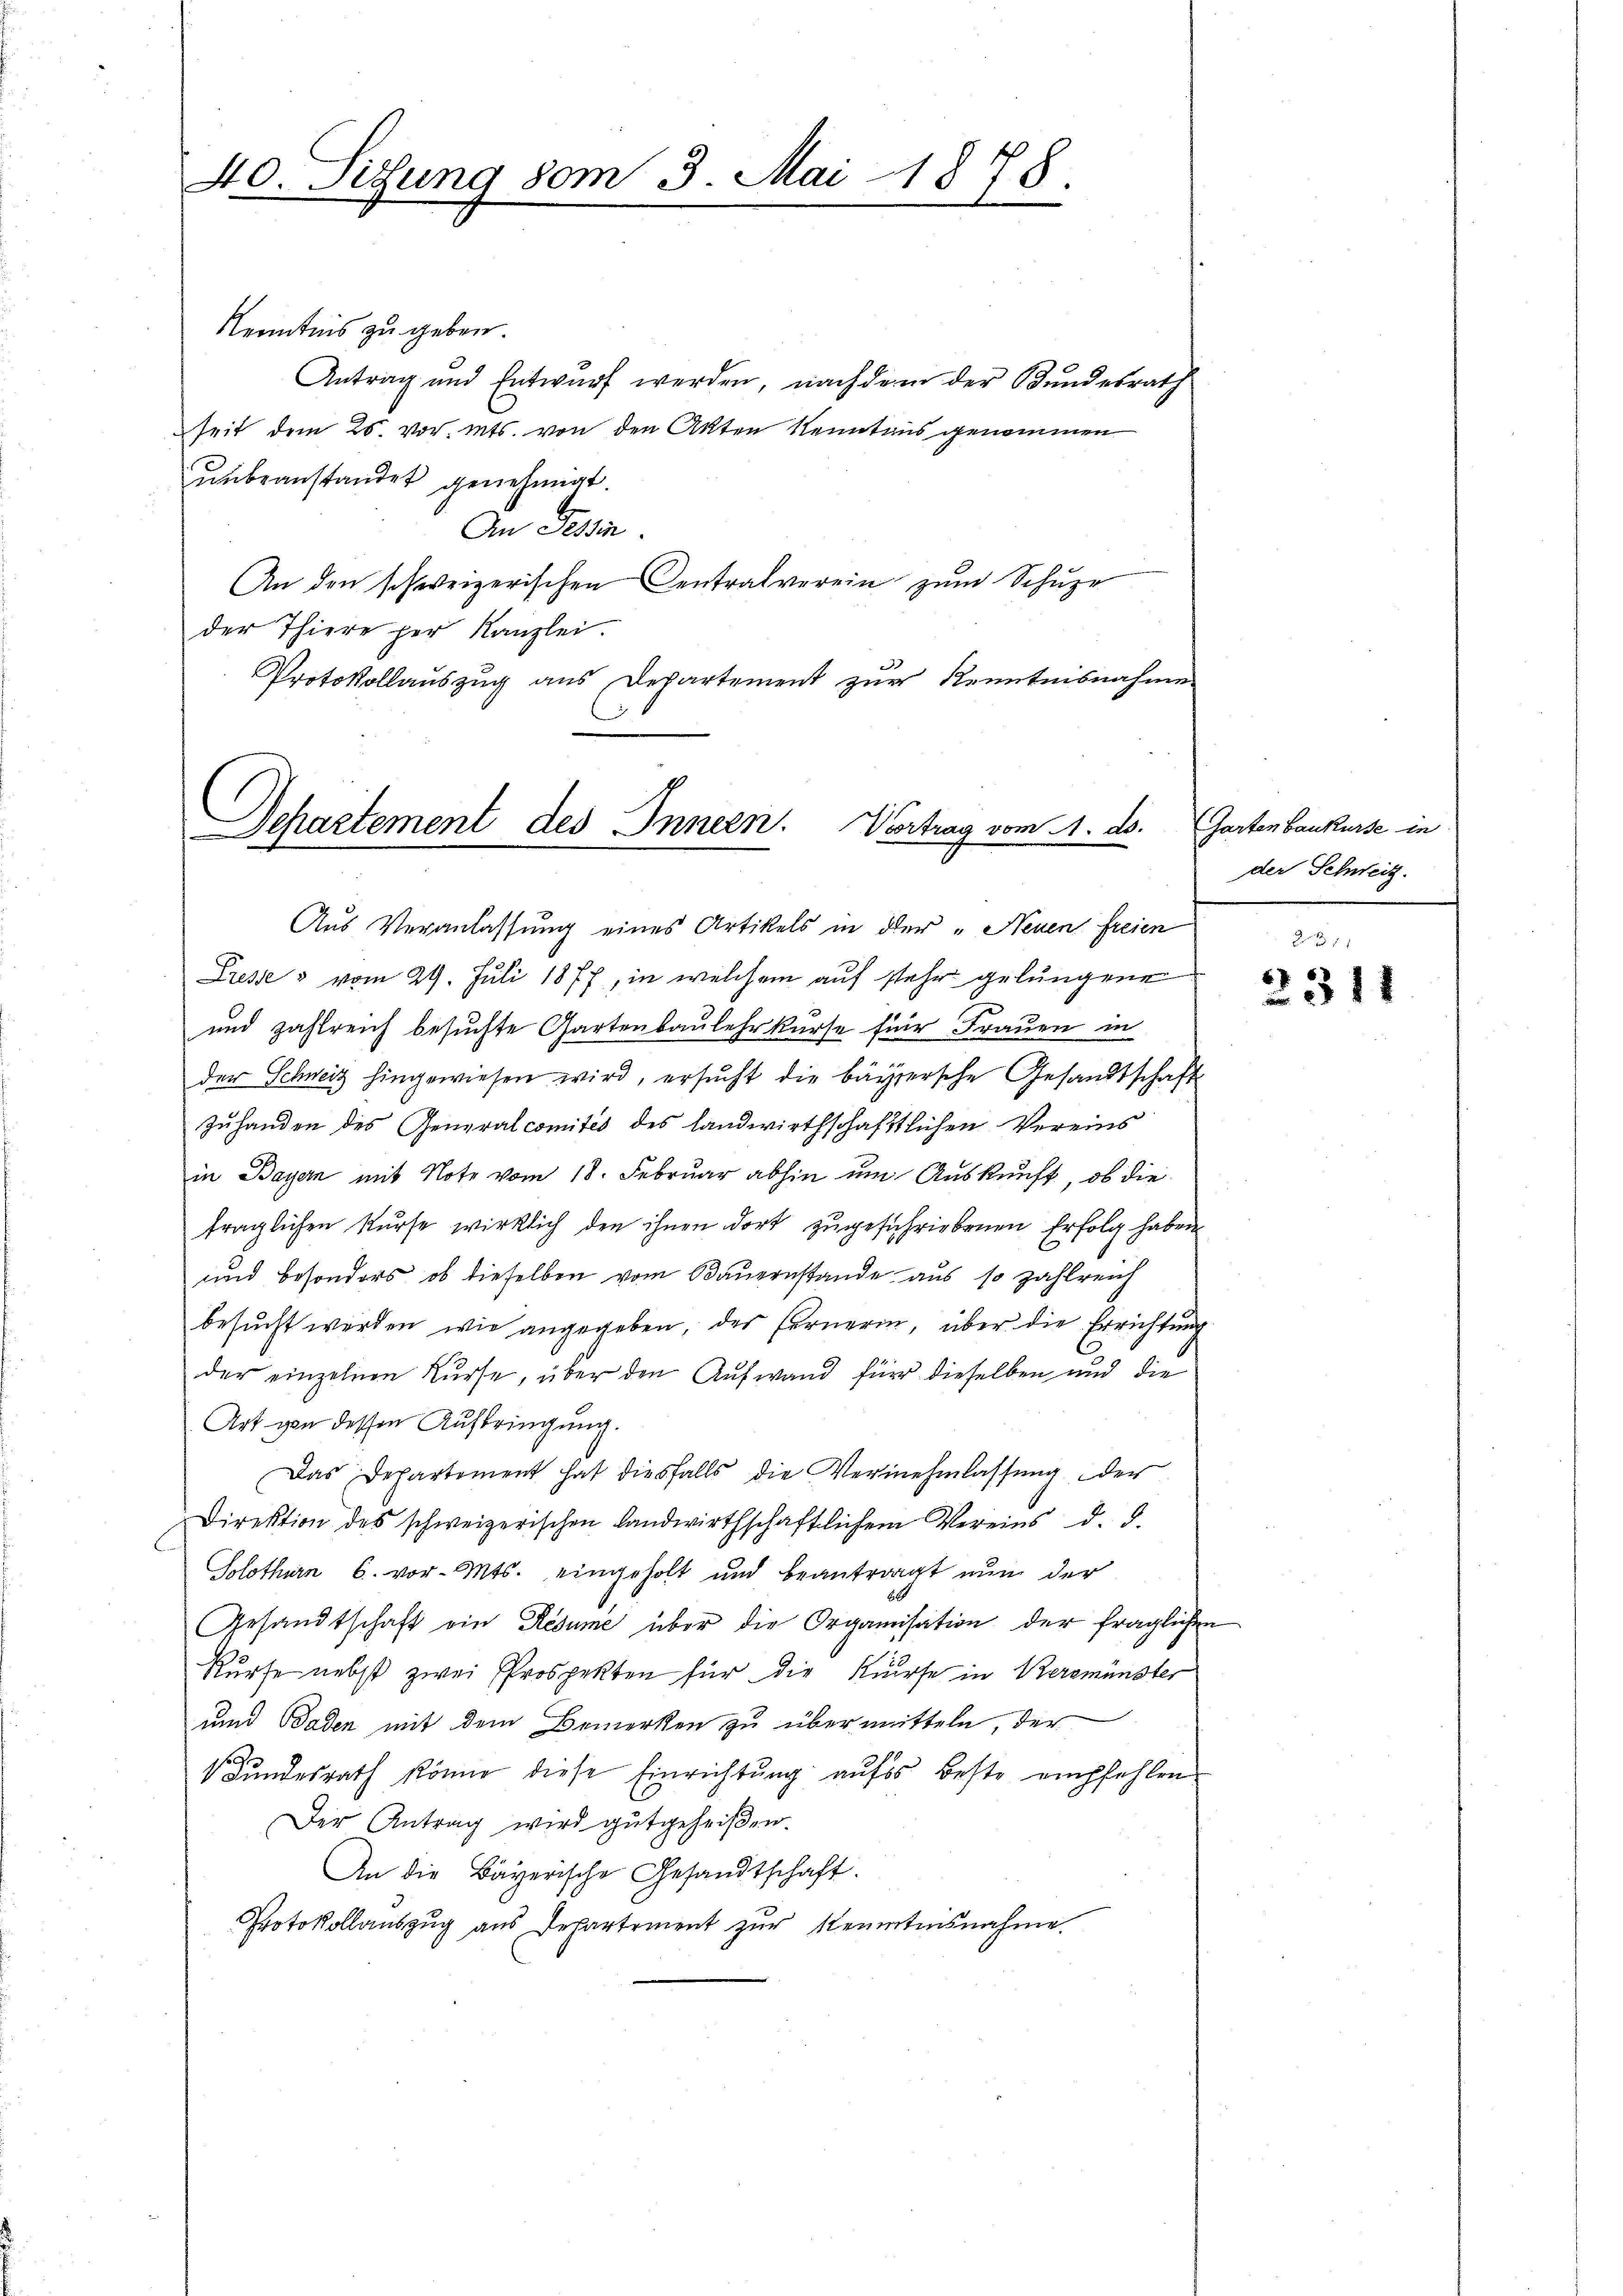
40. Sitzung vom 3. Mai 1878.

Kenntnis zu geben.
Antrag und Entwurf werden, nachdem der Bundesrath
seit dem 25. vor. Mts. von den Akten Kenntnus genommen
unbeanstandet genehmigt.
An Tessin.
An den schweizerischen Centralverein zum Schuze
der Thiere per Kanzlei.
Protokollauszug aus Departement zur Kenntnisnahme

Departement des Innern. Vertrag vom 4. ds. (Gartenbaukurse in
Aus Veranlassung eines Artikels in der „Neuen freien

Presse & vom 29. Juli 1877, in welchem auf sehr gelungene
und zahlreich besuchte Gartenbaulehrkurse für Frauen in
der Schweiz hingewiesen wird, ersŭcht die bayersche Gesandtschaft
Zuhanden des Generalcomités des landwirthschaftlichen Vereins
in Bayern mit Note vom 18. Februar abhin um Auskunft, ob die
fraglichen Kurse wirklich den ihnen dort zugeschriebenen Erfolg haben
und besonders, ob dieselben vom Bauernstande aus so zahlreich
besucht werden wie angegeben, des Fernerin, über die Errichtung
der einzelnen Kurse, über den Aufwand für dieselben und die
Art von dessen Aufbringung.
Das Departement hat diesfalls die Vernehmlassŭng der
Direktion des schweizerischen Landwirthschaftlichem Vereins d. d.
Solothurn C. vor. Mts. eingeholt und beantragt nun der
Gesandtschaft ein Resume über die Organisation der fraglichen
kurse nebst zwei Prospekten für die Kurse in Keremünster
und Baden mit dem Bemerken zu übermitteln, der
t
 Bundesrath könne diese Einrichtung aufs Beste empfehlen
Der Antrag wird gutgeheißen.
An die Bayerische Gesandtschaft.
Protokollauszug aus Departement zur Kenntnisnahme.

der Schweiz.

2311